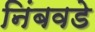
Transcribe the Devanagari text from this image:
निंबवडे